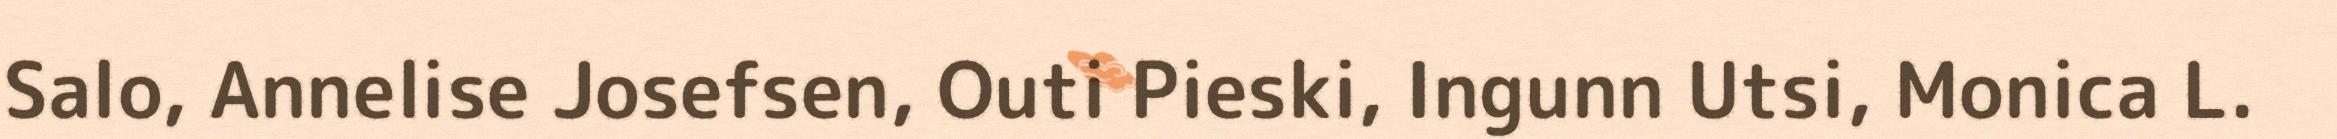
Salo, Annelise Josefsen, Outi Pieski, Ingunn Utsi, Monica L.